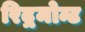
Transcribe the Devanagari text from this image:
रिद्गमोन्ट